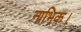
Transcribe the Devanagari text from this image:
नाभिक।